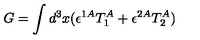
G = \int d ^ { 3 } x ( \epsilon ^ { 1 A } T _ { 1 } ^ { A } + \epsilon ^ { 2 A } T _ { 2 } ^ { A } )